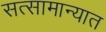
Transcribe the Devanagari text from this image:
सत्सामान्यात